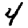
Digit: 4